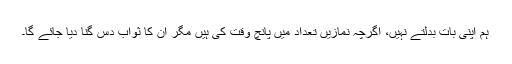
ہم اپنی بات بدلتے نہیں، اگرچہ نمازیں تعداد میں پانچ وقت کی ہیں مگر ان کا ثواب دس گنا دیا جائے گا۔